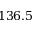
1 3 6 . 5